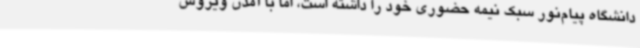
دانشگاه پیام‌نور سبک نیمه حضوری خود را داشته است، اما با آمدن ویروس